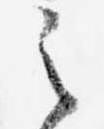
之